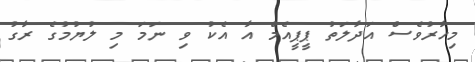
މިހާރުވެސް އަދާލަތު ޕީޕީއެމް އާ އެކު ވި ނަމަ މި ލުޔުމުގެ ރާގު